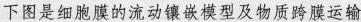
下图是细胞膜的流动镶嵌模型及物质跨膜运输